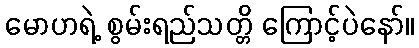
မောဟရဲ့ စွမ်းရည်သတ္တိ ကြောင့်ပဲနော်။